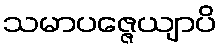
သမာပဇ္ဇေယျာပိ